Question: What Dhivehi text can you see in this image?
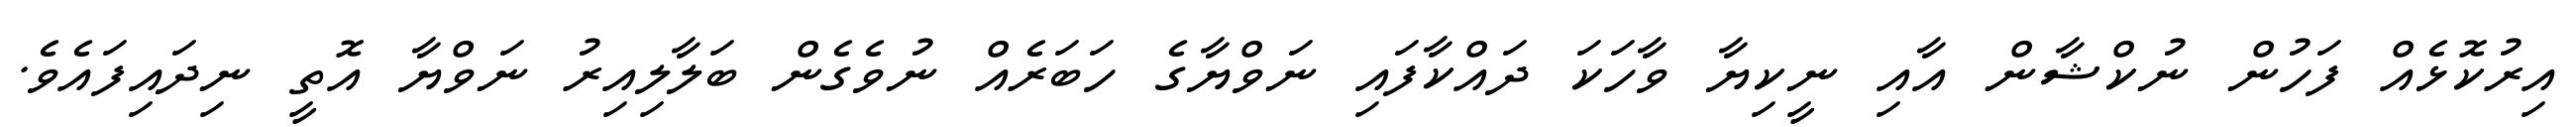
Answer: އިރުކޮޅެއް ފަހުން ނުކްޝާން އާއި ނީކިޔާ ވާހަކަ ދައްކާފައި ނަވްޔާގެ ހަބަރެއް ނުވެގެން ބަލާލިއިރު ނަވްޔާ އޮތީ ނިދައިފައެވެ.